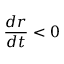
\frac { d r } { d t } < 0